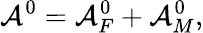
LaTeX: {\cal A}^{0}={\cal A}_{F}^{0}+{\cal A}_{M}^{0},